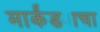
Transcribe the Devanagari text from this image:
मार्कंड्याचा